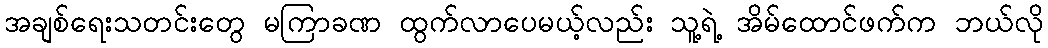
အချစ်ရေးသတင်းတွေ မကြာခဏ ထွက်လာပေမယ့်လည်း သူ့ရဲ့ အိမ်ထောင်ဖက်က ဘယ်လို